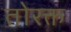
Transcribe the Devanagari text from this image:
तोरक्त